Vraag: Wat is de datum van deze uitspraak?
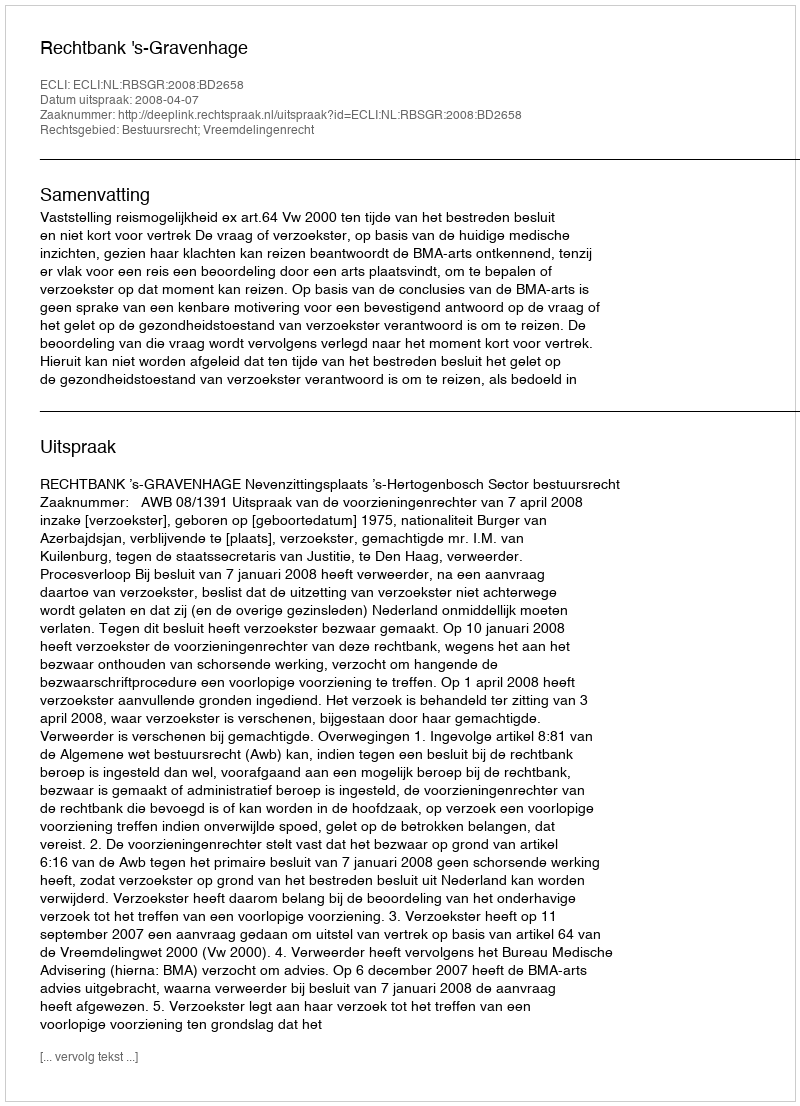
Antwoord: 2008-04-07